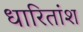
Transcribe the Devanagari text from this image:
धारितांश